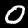
Label: 0